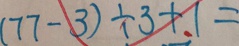
( 7 7 - 3 ) \div 3 + 1 =